Tezpur Lunatic Asylum reports 1895-1904 - 1895-1904
Year: 1895
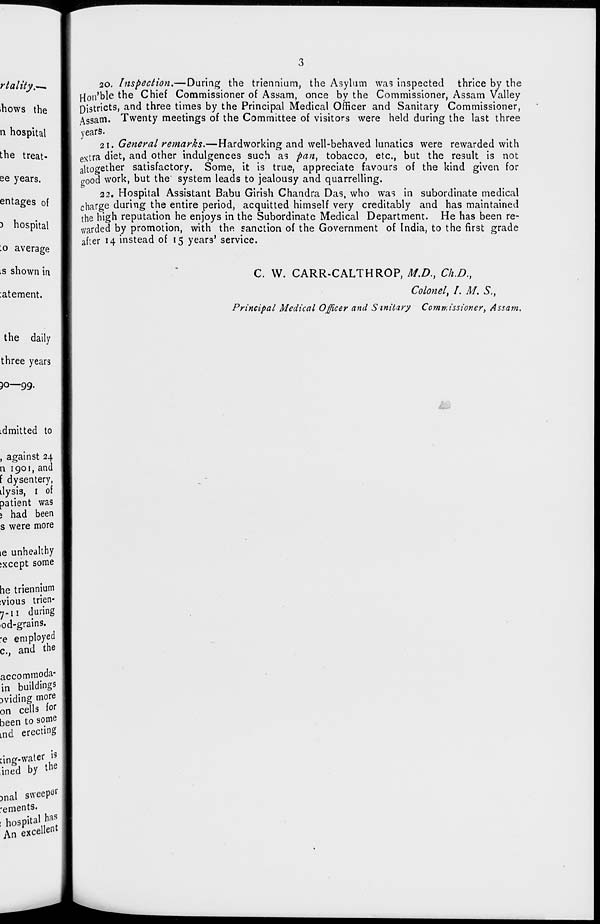
20. Inspection.—During the triennium, the Asylum was inspected thrice by the
Hon'ble the Chief Commissioner of Assam, once by the Commissioner, Assam Valley
Districts, and three times by the Principal Medical Officer and Sanitary Commissioner,
Assam. Twenty meetings of the Committee of visitors were held during the last three
years.
21. General remarks.—Hardworking and well-behaved lunatics were rewarded with
extra diet, and other indulgences such as pan, tobacco, etc., but the result is not
altogether satisfactory. Some, it is true, appreciate favours of the kind given for
good work, but the system leads to jealousy and quarrelling.
22. Hospital Assistant Babu Girish Chandra Das, who was in subordinate medical
charge during the entire period, acquitted himself very creditably and has maintained
the high reputation he enjoys in the Subordinate Medical Department. He has been re-
warded by promotion, with the sanction of the Government of India, to the first grade
after 14 instead of 15 years' service.
C. W. CARR-CALTHROP, M.D., Ch.D.,
Colonel\ I. M. S. f
Principal Medical Officer and S mibary Commissioner, Assam.
m